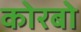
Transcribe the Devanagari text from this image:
कोरबो